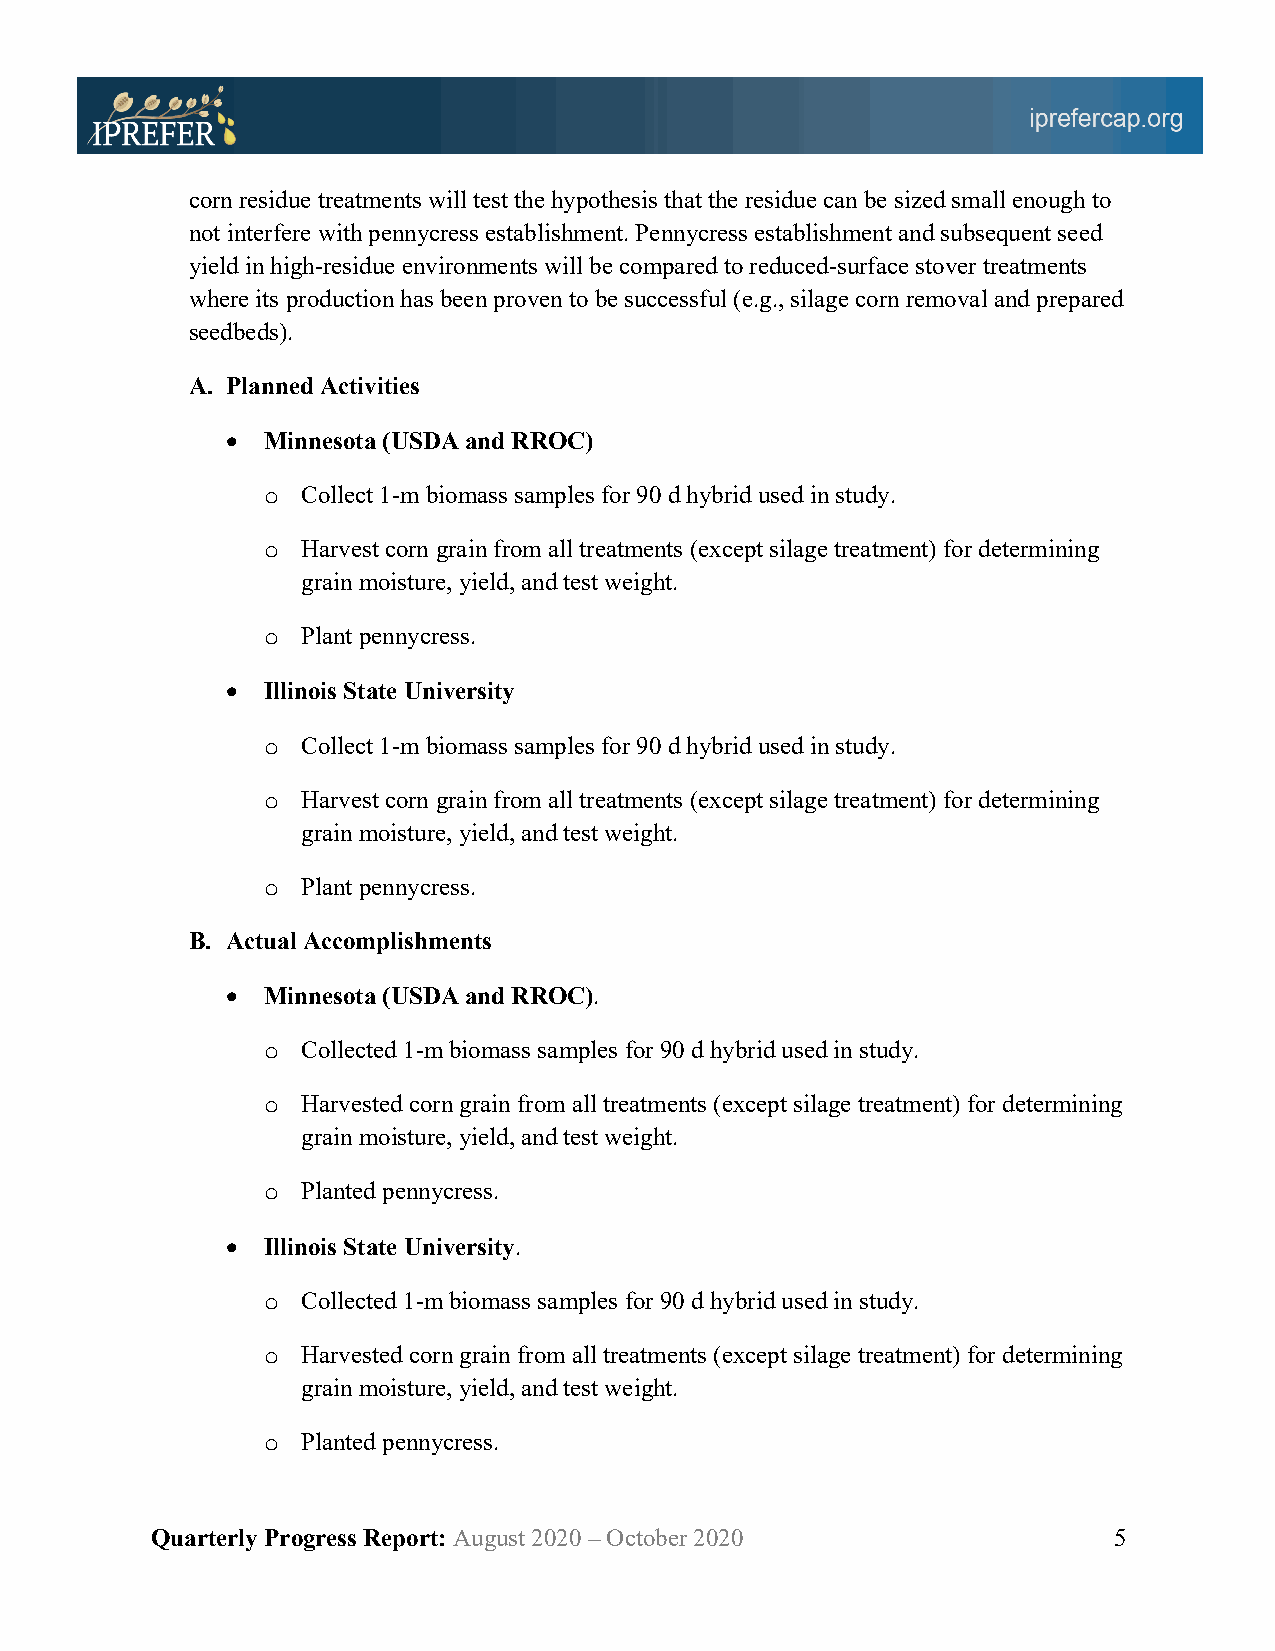
corn residue treatments will test the hypothesis that the residue can be sized small enough to
 not interfere with pennycress establishment. Pennycress establishment and subsequent seed
 yield in high-residue environments will be compared to reduced-surface stover treatments
 where its production has been proven to be successful (e.g., silage corn removal and prepared
 seedbeds).
 A. Planned Activities
 • Minnesota (USDA and RROC)
 o  Collect 1-m biomass samples for 90 d hybrid used in study.
 o  Harvest corn grain from all treatments (except silage treatment) for determining
 grain moisture, yield, and test weight.
 o  Plant pennycress.
 • Illinois State University
 o  Collect 1-m biomass samples for 90 d hybrid used in study.
 o  Harvest corn grain from all treatments (except silage treatment) for determining
 grain moisture, yield, and test weight.
 o  Plant pennycress.
 B. Actual Accomplishments
 • Minnesota (USDA and RROC).
 o  Collected 1-m biomass samples for 90 d hybrid used in study.
 o  Harvested corn grain from all treatments (except silage treatment) for determining
 grain moisture, yield, and test weight.
 o  Planted pennycress.
 • Illinois State University.
 o  Collected 1-m biomass samples for 90 d hybrid used in study.
 o  Harvested corn grain from all treatments (except silage treatment) for determining
 grain moisture, yield, and test weight.
 o  Planted pennycress.
 Quarterly Progress Report: August 2020 – October 2020           5